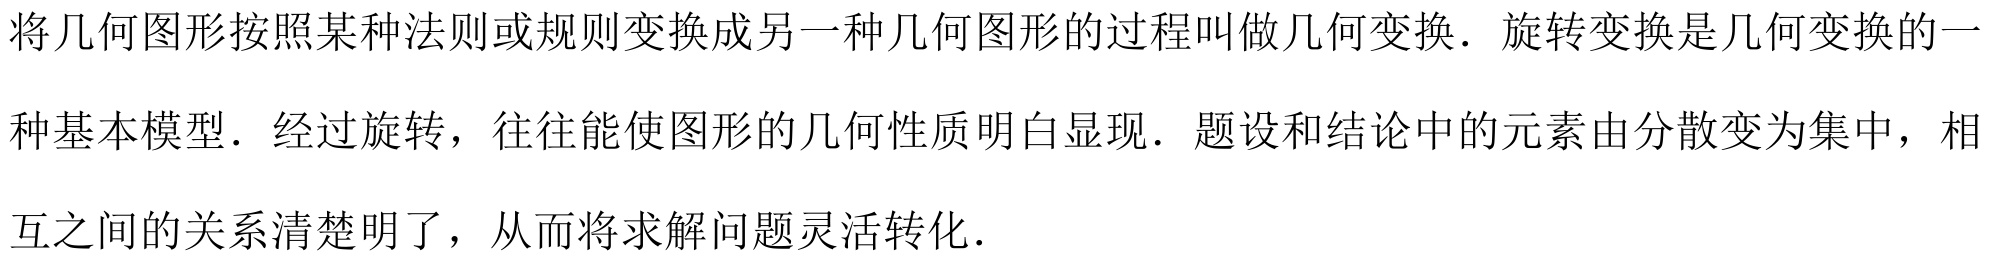
将几何图形按照某种法则或规则变换成另一种几何图形的过程叫做几何变换．旋转变换是几何变换的一种基本模型．经过旋转，往往能使图形的几何性质明白显现．题设和结论中的元素由分散变为集中，相互之间的关系清楚明了，从而将求解问题灵活转化．